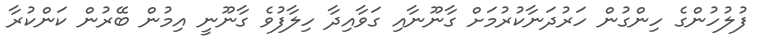
ފުލުހުންގެ ހިންގުން ހަރުދަނާކުރުމަށް ގާނޫނާއި ގަވާއިދާ ހިލާފުވެ ގާނޫނީ އިމުން ބޭރުން ކަންކުރާ